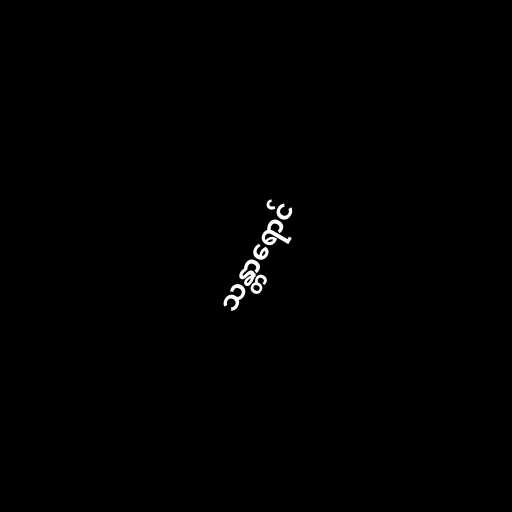
သန္တာရောင်